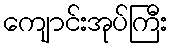
ကျောင်းအုပ်ကြီး